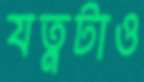
যত্নটাও